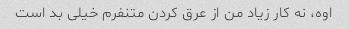
اوه، نه کار زیاد من از عرق کردن متنفرم خیلی بد است